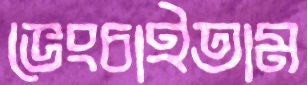
ভেংচাইতাম